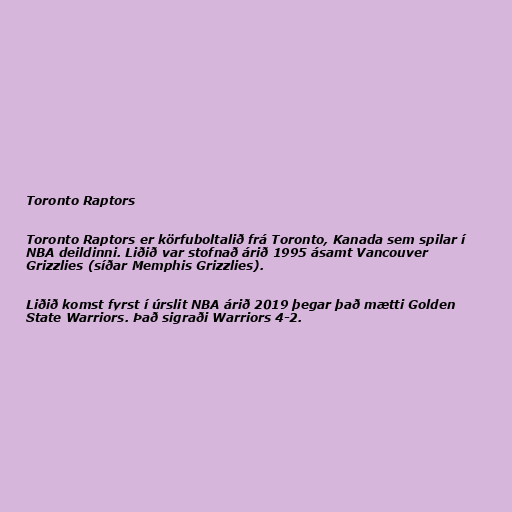
Toronto Raptors

Toronto Raptors er körfuboltalið frá Toronto, Kanada sem spilar í
NBA deildinni. Liðið var stofnað árið 1995 ásamt Vancouver
Grizzlies (síðar Memphis Grizzlies).

Liðið komst fyrst í úrslit NBA árið 2019 þegar það mætti Golden
State Warriors. Það sigraði Warriors 4-2.